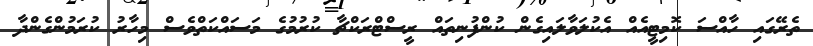
ތެރޭގައި ހާއްސަ ކޮމިޓީއެއް އެކުލަވާލައިގެން ކުންފުނިތައް ރީސްޓްރަކްޗާ ކުރުމުގެ މަސައްކަތްވެސް މިހާރު ކުރަމުންގެންދާ